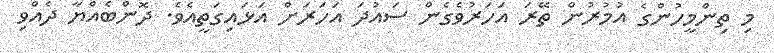
މި ތިންމީހުންގެ އުމުރުން ތޭރަ އަހަރުވެގެން ސައުދަ އަހަރަށް އަޅައިގަތީއެވެ. ދޮންބެއްޔާ ދެއްވި